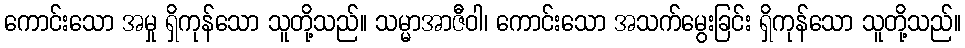
ကောင်းသော အမှု ရှိကုန်သော သူတို့သည်။ သမ္မာအာဇီဝါ၊ ကောင်းသော အသက်မွေးခြင်း ရှိကုန်သော သူတို့သည်။